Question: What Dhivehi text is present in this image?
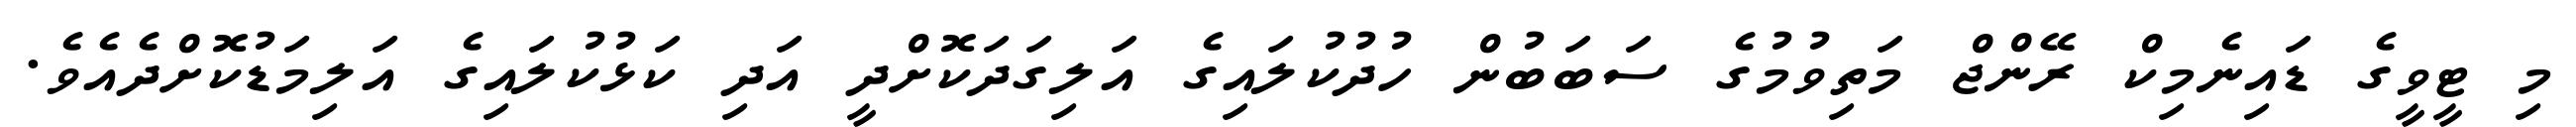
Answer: މި ޓީވީގެ ޑައިނެމިކް ރޭންޖް މަތިވުމުގެ ސަބަބުން ހުދުކުލައިގެ އަލިގަދަކޮށްދީ އަދި ކަޅުކުލައިގެ އަލިމަޑުކޮށްދެއެވެ.